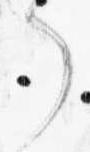
了